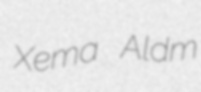
Xema Aldm